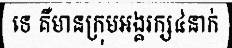
ទេ គឺមានក្រុមអង្គរក្ស៤នាក់